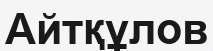
Айтқұлов